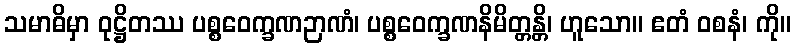
သမာဓိမှာ ဝုဋ္ဌိတဿ ပစ္စဝေက္ခဏဉာဏံ၊ ပစ္စဝေက္ခဏနိမိတ္တန္တိ၊ ဟူသော။ ဧတံ ဝစနံ၊ ကို။